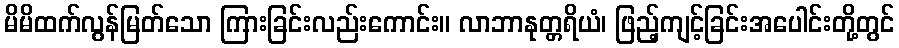
မိမိထက်လွန်မြတ်သော ကြားခြင်းလည်းကောင်း။ လာဘာနုတ္တရိယံ၊ ဖြည့်ကျင့်ခြင်းအပေါင်းတို့တွင်